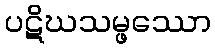
ပဋိဃသမ္ဖဿော